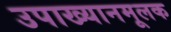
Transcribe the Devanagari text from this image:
उपाख्यानमूलक